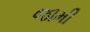
જામી